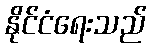
နိုင်ငံရေးသည်